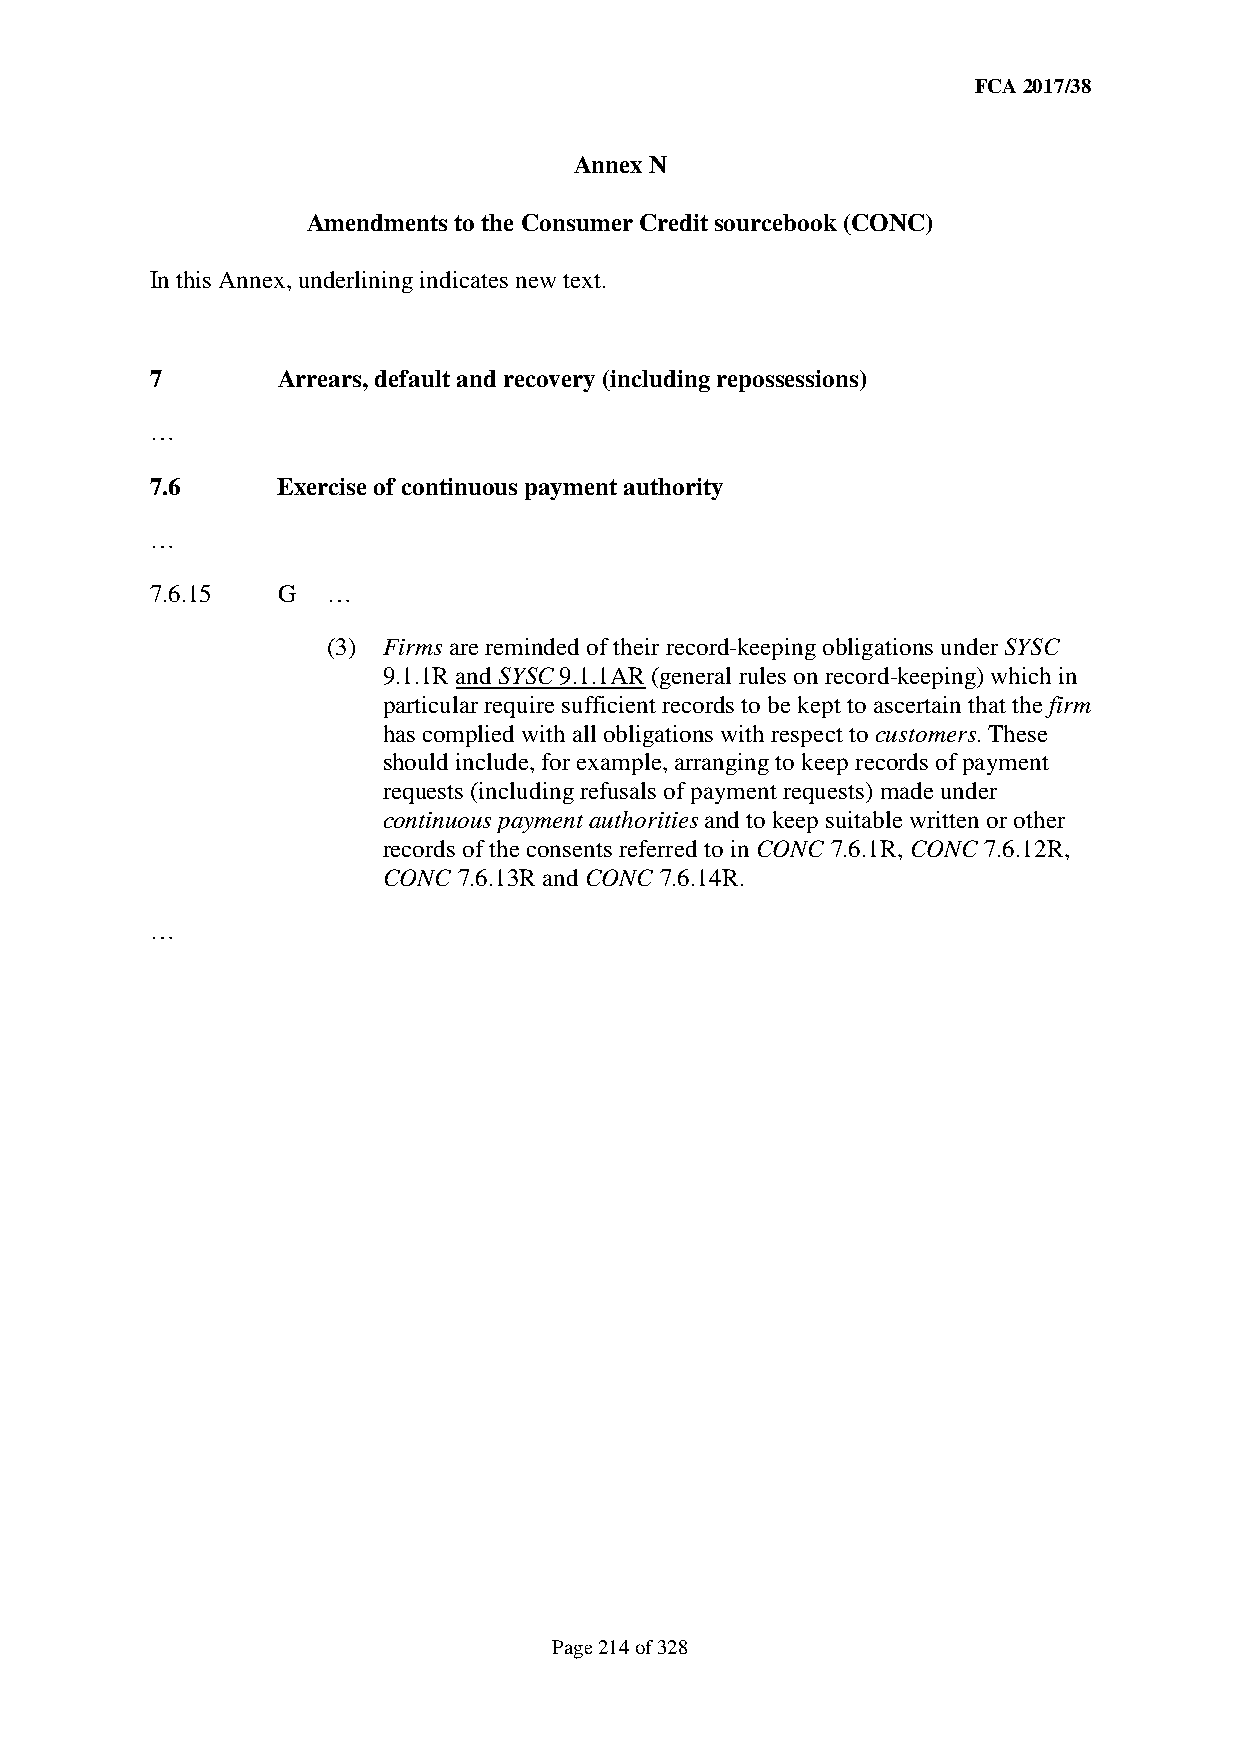
FCA 2017/38
 Annex N
 Amendments to the Consumer Credit sourcebook (CONC)
 In this Annex, underlining indicates new text.
 7       Arrears, default and recovery (including repossessions)
 …
 7.6     Exercise of continuous payment authority
 …
 7.6.15  G   …
 (3) Firms are reminded of their record-keeping obligations under SYSC
 9.1.1R and SYSC 9.1.1AR (general rules on record-keeping) which in
 particular require sufficient records to be kept to ascertain that the firm
 has complied with all obligations with respect to customers. These
 should include, for example, arranging to keep records of payment
 requests (including refusals of payment requests) made under
 continuous payment authorities and to keep suitable written or other
 records of the consents referred to in CONC 7.6.1R, CONC 7.6.12R,
 CONC 7.6.13R and CONC 7.6.14R.
 …
 Page 214 of 328